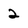
Character: 2